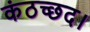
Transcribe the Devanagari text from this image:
कंठच्छद।